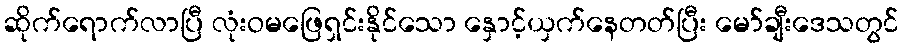
ဆိုက်ရောက်လာပြီ လုံးဝမဖြေရှင်းနိုင်သော နှောင့်ယှက်နေတတ်ပြီး မော်ချီးဒေသတွင်